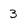
Character: 3